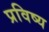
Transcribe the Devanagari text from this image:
प्रविष्य